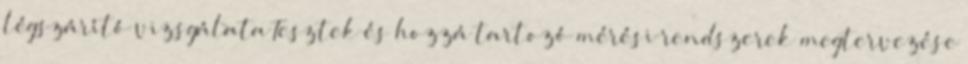
légszárító vizsgálata Tesztek és hozzá tartozó mérési rendszerek megtervezése